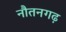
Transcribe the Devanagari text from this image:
नौतनगढ़